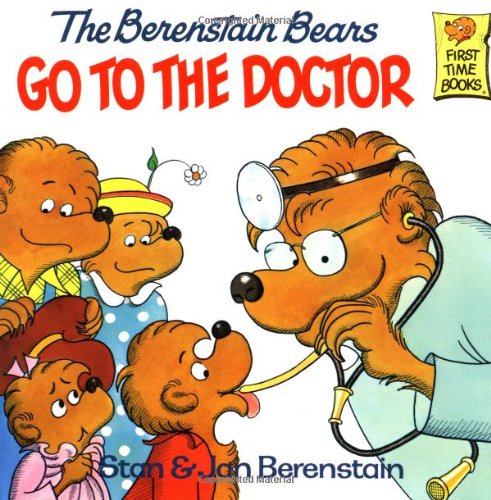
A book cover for The Berenstain Bears Go to the Doctor (First Time Books); Stan Berenstain; Children's Books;